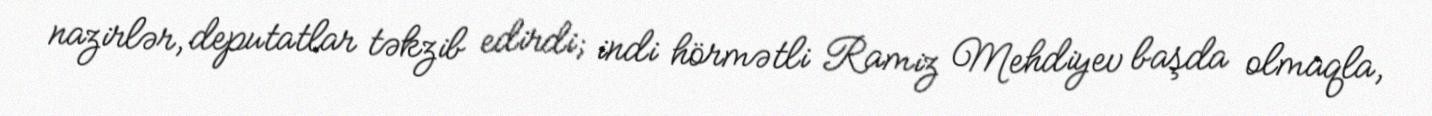
nazirlər, deputatlar təkzib edirdi; indi hörmətli Ramiz Mehdiyev başda olmaqla,